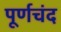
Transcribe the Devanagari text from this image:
पूर्णचंद